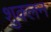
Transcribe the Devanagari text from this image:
शुक्लन